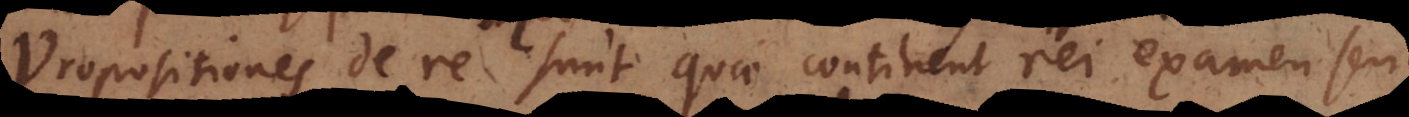
Propositiones de re sunt quae continent rei examen seu